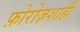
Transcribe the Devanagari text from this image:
फ़ोरोज़शाही